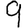
Digit: 9